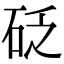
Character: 砭